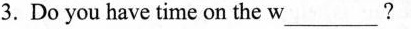
3.Do you have time on the w___?